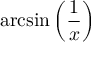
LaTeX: \arcsin \left( { \frac { 1 } { x } } \right)